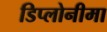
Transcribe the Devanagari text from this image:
डिप्लोनीमा